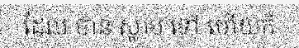
ដែល បាន ស្លាប់ ទៅ ហើយក៏